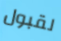
لقبول